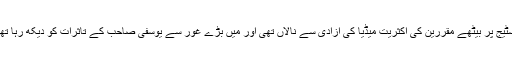
اسٹیج پر بیٹھے مقررین کی اکثریت میڈیا کی آزادی سے نالاں تھی اور میں بڑے غور سے یوسفی صاحب کے تاثرات کو دیکھ رہا تھا۔